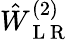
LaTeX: \hat{W}_{\mathrm{~L~R~}}^{(2)}